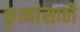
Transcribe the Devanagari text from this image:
कृत्यांसाठी